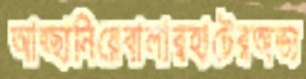
আহ্ছানিয়েবালারহাটেরঅভ্য